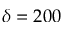
\delta = 2 0 0